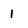
Character: 1